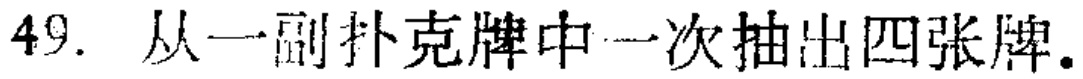
49. 从一副扑克牌中一次抽出四张牌.